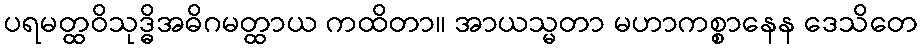
ပရမတ္ထဝိသုဒ္ဓိအဓိဂမတ္ထာယ ကထိတာ။ အာယသ္မတာ မဟာကစ္စာနေန ဒေသိတေ